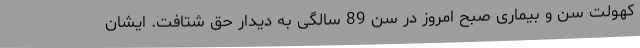
کهولت سن و بیماری صبح امروز در سن 89 سالگی به دیدار حق شتافت. ایشان